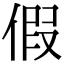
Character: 假